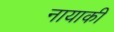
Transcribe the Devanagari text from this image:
नायाकी